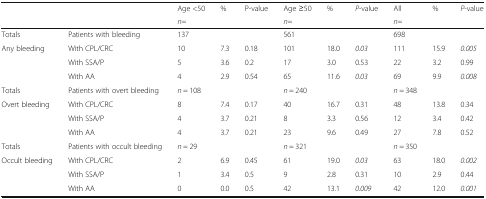
|  |  | Age <50 | % | P-value | Age ≥50 | % | P-value | All | % | P-value |
 |  |  | n= |  |  | n= |  |  | n= |  |  |
 | --- | --- | --- | --- | --- | --- | --- | --- | --- | --- | --- |
 | Totals | Patients with bleeding | 137 |  |  | 561 |  |  | 698 |  |  |
 | <ROWSPAN=3> Any bleeding | With CPL/CRC | 10 | 7.3 | 0.18 | 101 | 18.0 | 0.03 | 111 | 15.9 | 0.005 |
 | With SSA/P | 5 | 3.6 | 0.2 | 17 | 3.0 | 0.53 | 22 | 3.2 | 0.99 |
 | With AA | 4 | 2.9 | 0.54 | 65 | 11.6 | 0.03 | 69 | 9.9 | 0.008 |
 | Totals | Patients with overt bleeding | n = 108 |  |  | n = 240 |  |  | n = 348 |  |  |
 | <ROWSPAN=3> Overt bleeding | With CPL/CRC | 8 | 7.4 | 0.17 | 40 | 16.7 | 0.31 | 48 | 13.8 | 0.34 |
 | With SSA/P | 4 | 3.7 | 0.21 | 8 | 3.3 | 0.56 | 12 | 3.4 | 0.42 |
 | With AA | 4 | 3.7 | 0.21 | 23 | 9.6 | 0.49 | 27 | 7.8 | 0.52 |
 | Totals | Patients with occult bleeding | n = 29 |  |  | n = 321 |  |  | n = 350 |  |  |
 | <ROWSPAN=3> Occult bleeding | With CPL/CRC | 2 | 6.9 | 0.45 | 61 | 19.0 | 0.03 | 63 | 18.0 | 0.002 |
 | With SSA/P | 1 | 3.4 | 0.5 | 9 | 2.8 | 0.31 | 10 | 2.9 | 0.44 |
 | With AA | 0 | 0.0 | 0.5 | 42 | 13.1 | 0.009 | 42 | 12.0 | 0.001 |